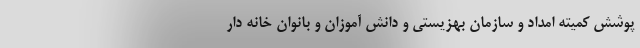
پوشش کمیته امداد و سازمان بهزیستی و دانش آموزان و بانوان خانه دار